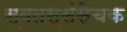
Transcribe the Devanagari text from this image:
स्वतस्संसेचक